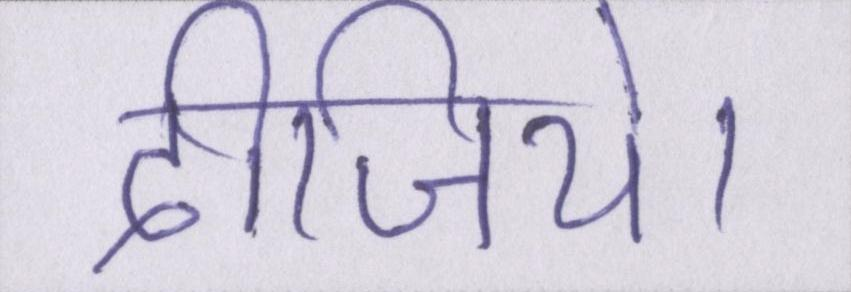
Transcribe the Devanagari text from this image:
दीजिये।